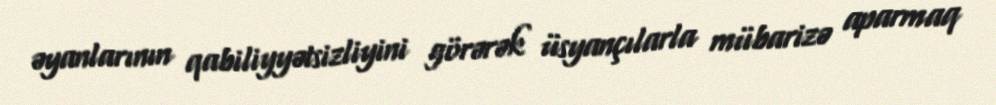
əyanlarının qabiliyyətsizliyini görərək üsyançılarla mübarizə aparmaq